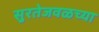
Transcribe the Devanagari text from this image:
सुरतेजवळच्या